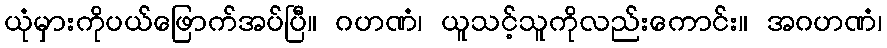
ယုံမှားကိုပယ်ဖြောက်အပ်ပြီ။ ဂဟဏံ၊ ယူသင့်သူကိုလည်းကောင်း။ အဂဟဏံ၊